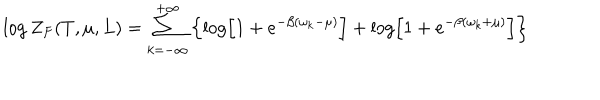
\log Z _ { F } ( T , \mu , L ) = \sum _ { k = - \infty } ^ { + \infty } \left\{ \log \left[ 1 + e ^ { - \beta ( \omega _ { k } - \mu ) } \right] + \log \left[ 1 + e ^ { - \beta ( \omega _ { k } + \mu ) } \right] \right\}